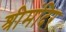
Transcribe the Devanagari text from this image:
श्रीमंदिर